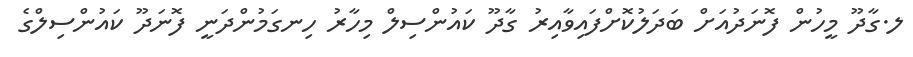
ލ.ގާދޫ މީހުން ފޮނަދުއަށް ބަދަލުކޮށްފައިވާއިރު ގާދޫ ކައުންސިލް މިހާރު ހިނގަމުންދަނީ ފޮނަދޫ ކައުންސިލްގެ